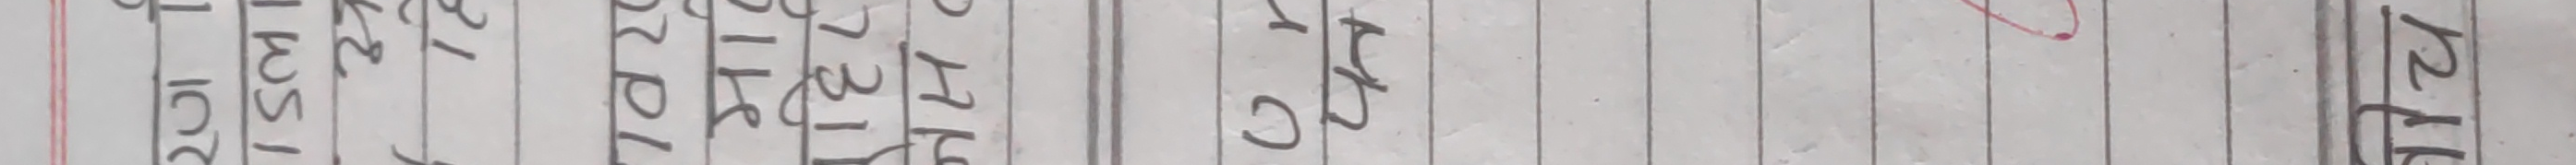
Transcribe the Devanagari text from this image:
१०रु.
२४ वैशाख
२०७९ शनी
बार